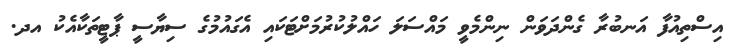
އިސްތިއުފާ އަނބުރާ ގެންދަވަން ނިންމެވީ މައްސަލަ ހައްލުކުރުމަށްޓަކައި އެގައުމުގެ ސިޔާސީ ޕާޓީތަކާއެކު އދ.